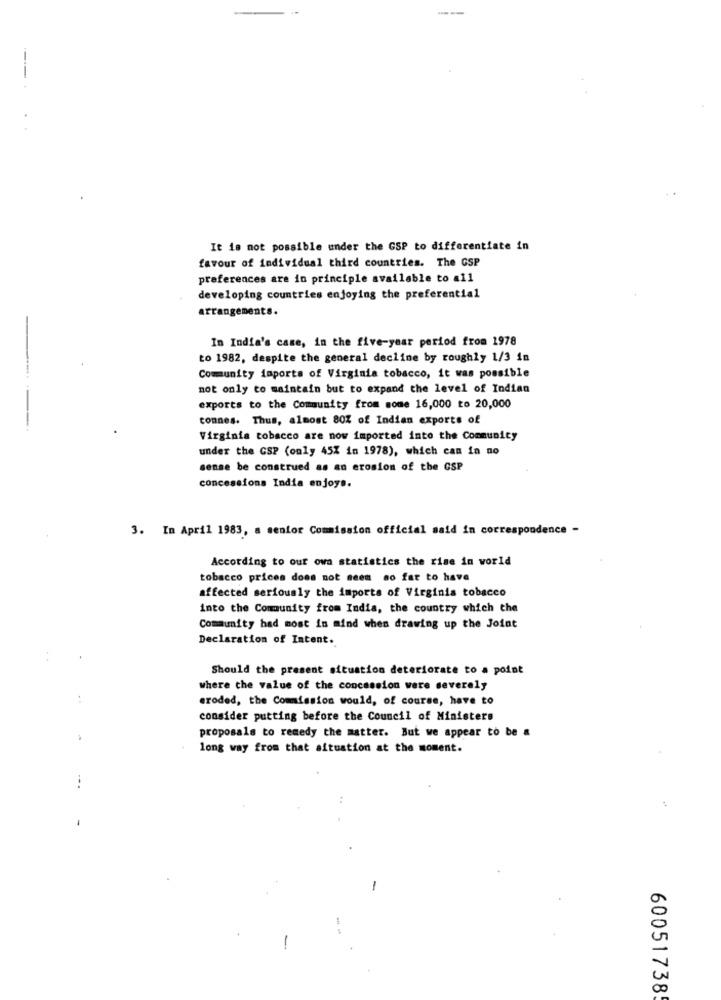
---
It is not possible under the GSP to differentiate in
favour of individual third countries. The GSP
preferences are in principle available to all
developing countries enjoying the preferential
arrangements.
In India's case, in the five-year period from 1978
to 1982, despite the general decline by roughly 1/3 in
Community importa of Virginia tobacco, it was possible
not only to maintain but to expand the level of Indian
exports to the Community from some 16,000 to 20,000
tonnes. Thus, almost 80% of Indian exports of
Virginia tobacco are now imported into the Community
under the CSP (only 45% in 1978), which can in no
sense be construed as an erosion of the GSP
concessions India enjoys.
3. In April 1983, a senior Commission official said in correspondence -
According to our own statistics the rise in world
tobacco prices does not seem so far to have
affected seriously the imports of Virginia tobacco
into the Community from India, the country which the
Community had most in mind when drawing up the Joint
Declaration of Intent.
Should the present situation deteriorate to a point
where the value of the concession were severely
..
eroded, the Commission would, of course, have to
consider putting before the Council of Ministers
proposals to remedy the matter. But we appear to be a
long way from that aftuation at the moment.
-
60051738